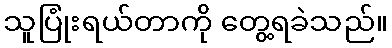
သူပြုံးရယ်တာကို တွေ့ရခဲသည်။